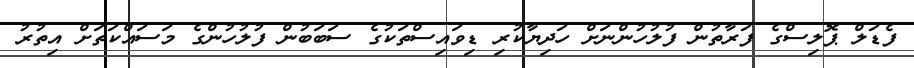
ފެޑަަލް ޕޮލިސްގެ ފަރާތުން ފުލުހުންނަށް ހަދިޔާކުރި ޑިވައިސްތަކުގެ ސަބަބުން ފުލުހުންގެ މަސައްކަތަަށް އިތުރު